Lunatic asylums Central Provinces reports 1874-1885 - 1874-1885
Year: 1874
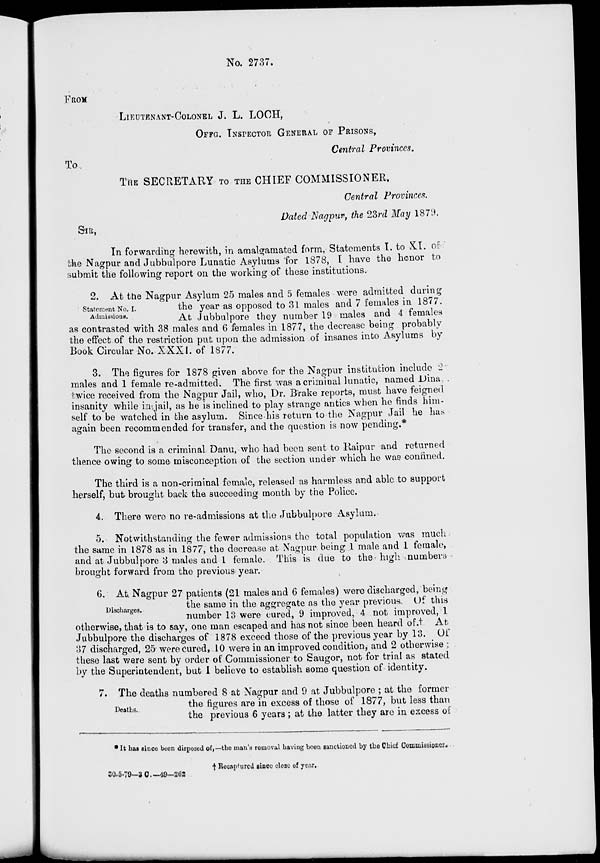
No. 2737.
FROM
LIEUTENANT-COLONEL J. L. LOCH,
OFFG. INSPECTOR GENERAL OF PRISONS,
Central Provinces.
To,
THE SECRETARY TO THE CHIEF COMMISSIONER,
Central Provinces.
Dated Nagpur, the 23rd May 1879.
SIR,
In forwarding herewith, in amalgamated form, Statements I. to XI. of
the Nagpur and Jubbulpore Lunatic Asylums for 1878, I have the honor to
submit the following report on the working of these institutions.
Statement No. I.
Admissions.
2. At the Nagpur Asylum 25 males and 5 females were admitted during
the year as opposed to 31 males and 7 females in 1877.
At Jubbulpore they number 19 males and 4 females
as contrasted with 38 males and 6 females in 1877, the decrease being probably
the effect of the restriction put upon the admission of insanes into Asylums by
Book Circular No. XXXI. of 1877.
3. The figures for 1878 given above for the Nagpur institution include 2
males and 1 female re-admitted, The first was a criminal lunatic, named Dina,
twice received from the Nagpur Jail, who, Dr. Brake reports, must have feigned
insanity while in jail, as he is inclined to play strange antics when he finds him-
self to be watched in the asylum. Since his return to the Nagpur Jail he has
again been recommended for transfer, and the question is now pending.*
The second is a criminal Danu, who had been sent to Raipur and returned
thence owing to some misconception of the section under which he was confined.
The third is a non-criminal female, released as harmless and able to support
herself, but brought back the succeeding month by the Police.
4. There were no re-admissions at the Jubbulpore Asylum.
5. Notwithstanding the fewer admissions the total population was much
the same in 1878 as in 1877, the decrease at Nagpur being 1 male and 1 female,
and at Jubbulpore 3 males and 1 female. This is due to the high numbers
brought forward from the previous year.
Discharges.
6. At. Nagpur 27 patients (21 males and 6 females) were discharged, being
the same in the aggregate as the year previous. Of this
number 13 were cured, 9 improved, 4 not improved, 1
otherwise, that is to say, one man escaped and has not since been heard of.† At
Jubbulpore the discharges of 1878 exceed those of the previous year by 13. Of
37 discharged, 25 were cured, 10 were in an improved condition, and 2 otherwise ;
these last were sent by order of Commissioner to Saugor, not for trial as stated
by the Superintendent, but I believe to establish some question of identity.
Deaths.
7. The deaths numbered 8 at Nagpur and 9 at Jubbulpore ; at the former
the figures are in excess of those of 1877, but less than
the previous 6 years ; at the latter they are in excess of
* It has since been disposed of,—the man's removal having been sanctioned by the Chief Commissioner.
† Recaptured since close of year.
30-5-79—3 C.—49—262